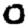
Digit: 0